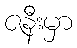
ဇနီးမှာ